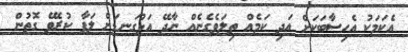
އެކަމަކު އެހިސާބަކަށް އަދި ކަމެއް ތިލަވެގެނެއް ނާދޭ އަޅުގަނޑަށް ލަފާ ކުރެވޭ ގޮތުން